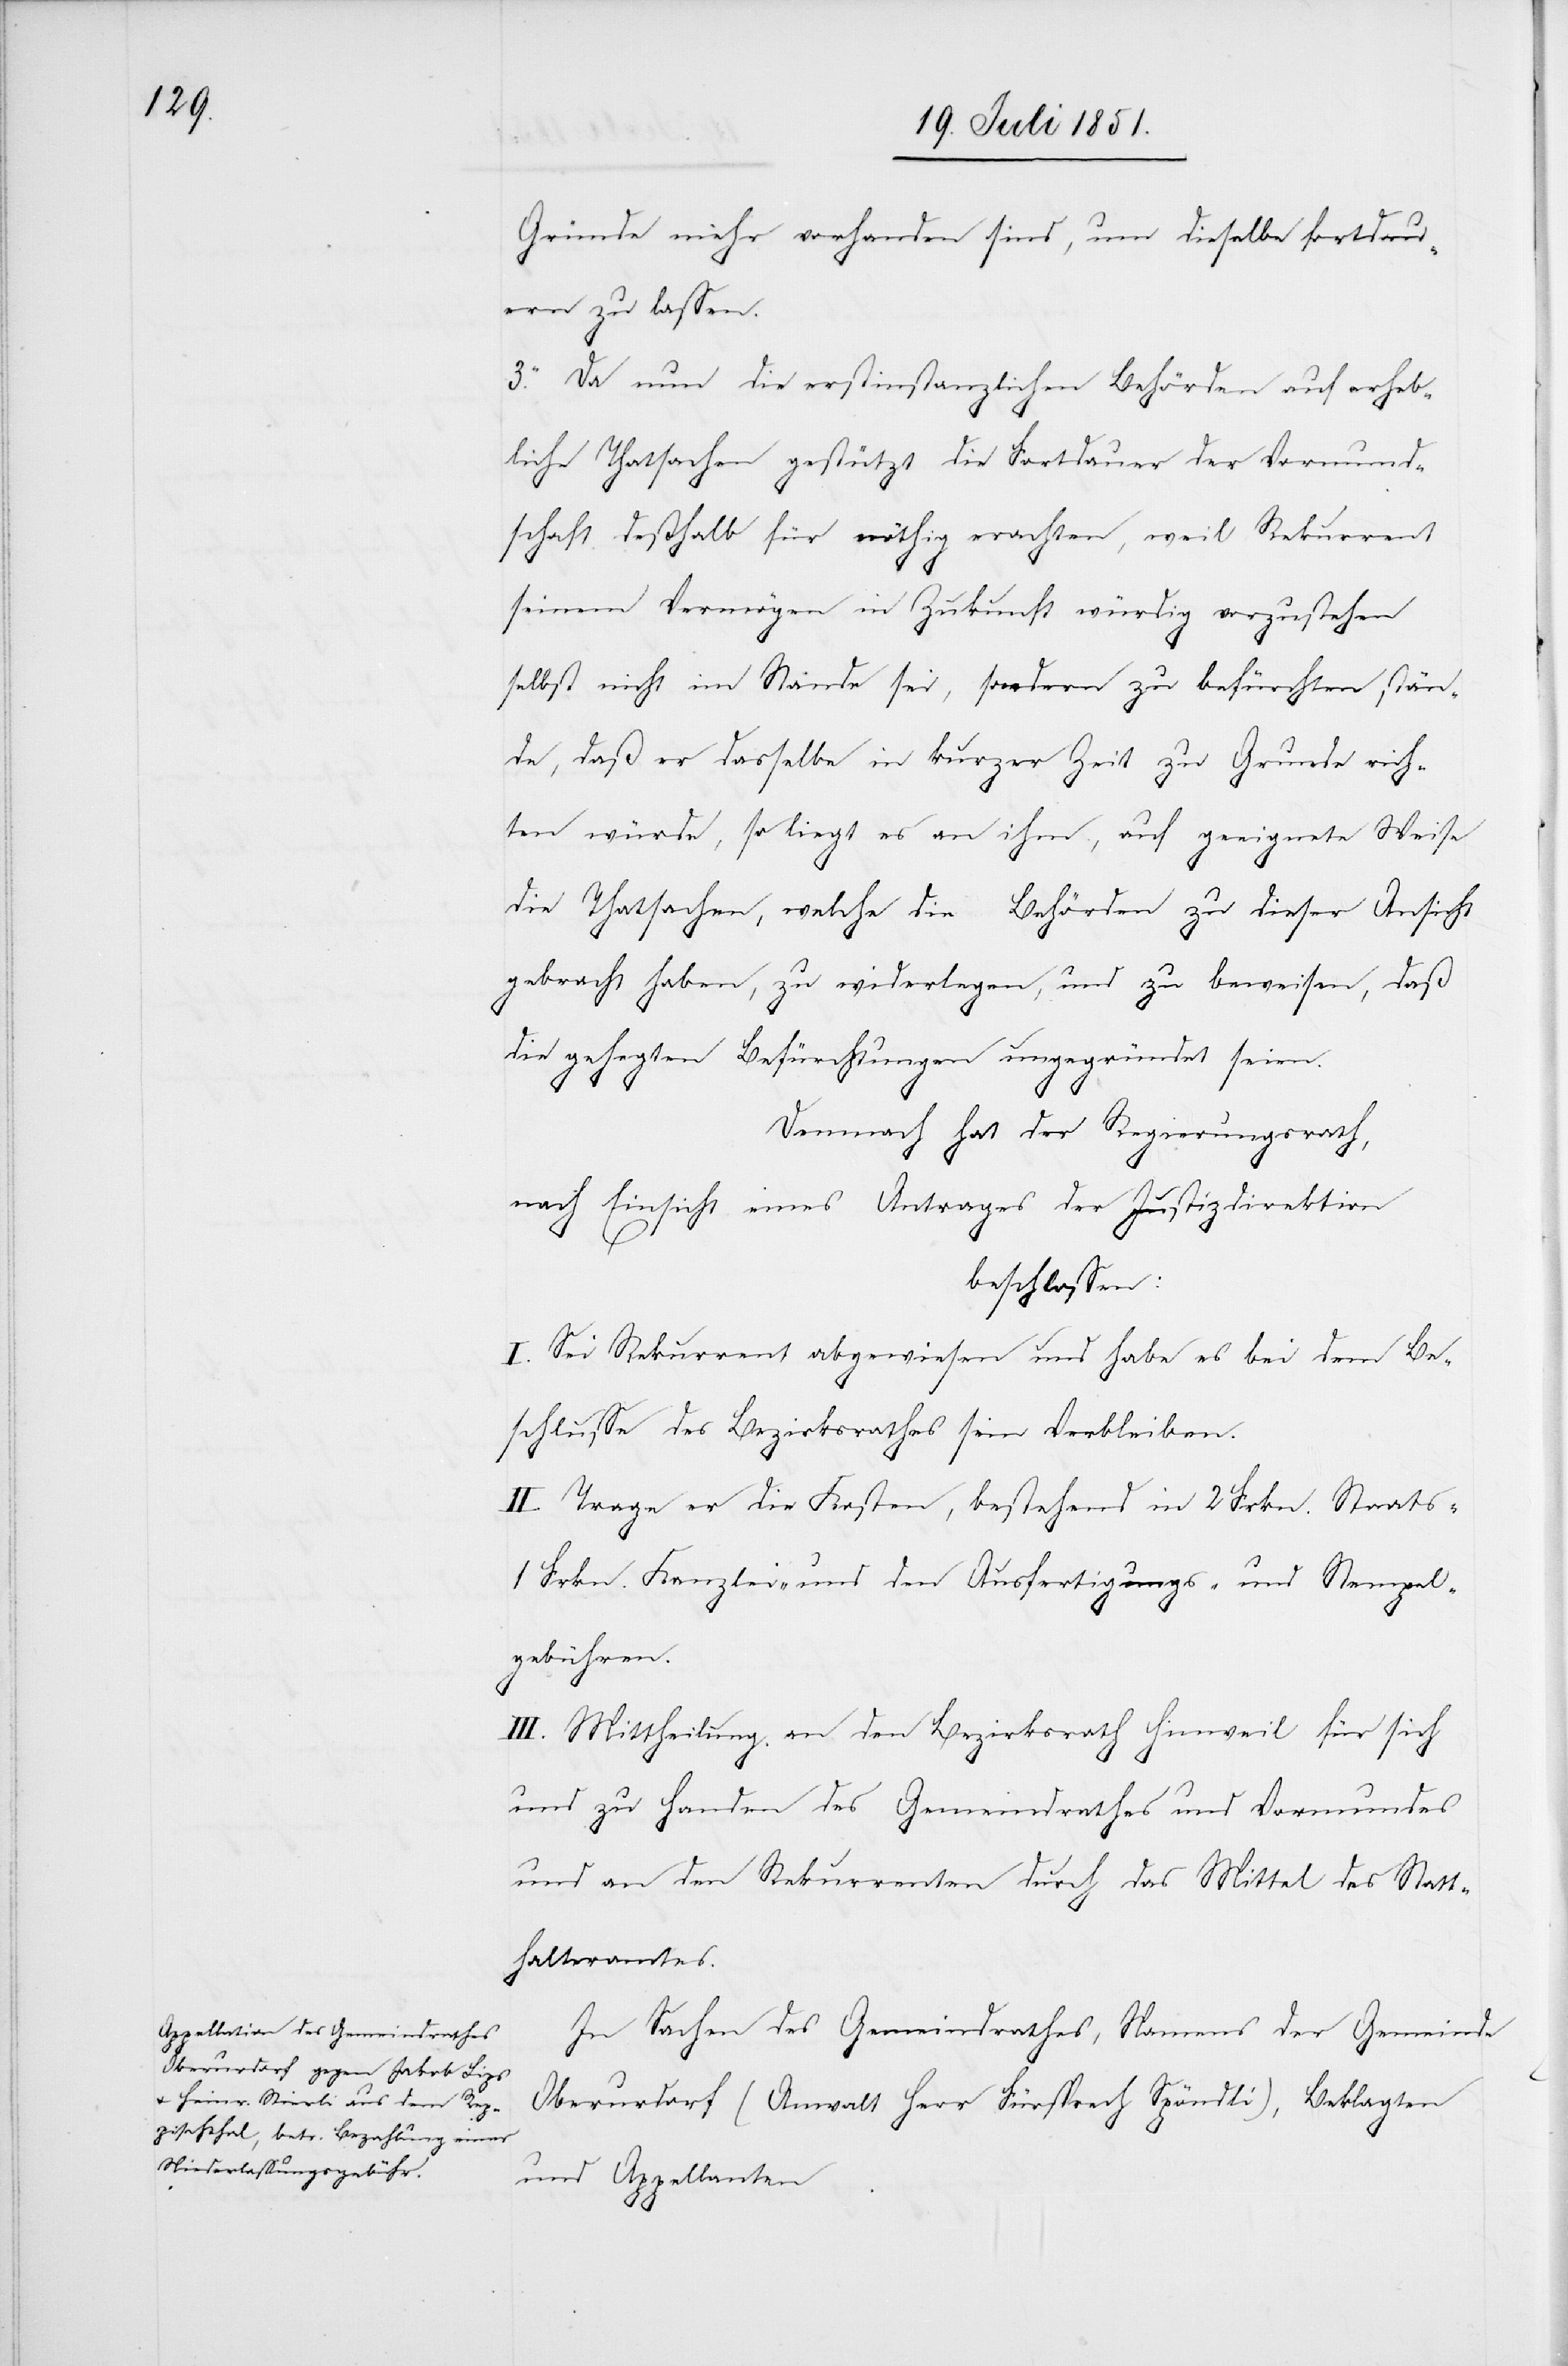
Gründe mehr vorhanden sind, um dieselbe fortdau¬
ern zu lassen.
3. Da nun die erstinstanzlichen Behörden auf erheb¬
liche Thatsachen gestützt die Fortdauer der Vormund¬
schaft deßhalb für nöthig erachten, weil Rekurrent
seinem Vermögen in Zukunft würdig vorzustehen
selbst nicht im Stande sei, sondern zu befürchten stän¬
de, daß er dasselbe in kurzer Zeit zu Grunde rich¬
ten würde, so liegt es an ihm, auf geeignete Weise
die Thatsachen, welche die Behörden zu dieser Ansicht
gebracht haben, zu widerlegen, und zu beweisen, daß
die gehegten Befürchtungen ungegründet seien.
Demnach hat der Regierungsrath,
nach Einsicht eines Antrages der Justizdirektion
beschlossen:
I. Sei Rekurrent abgewiesen und habe es bei dem Be¬
schlusse des Bezirksrathes sein Verbleiben.
II. Trage er die Kosten, bestehend in 2 Frkn. Staats-[,]
1 Frkn. Kanzlei- und den Ausfertigungs- und Stempel¬
gebühren.
III. Mittheilung an den Bezirksrath Hinweil für sich
und zu Handen des Gemeindrathes und Vormundes
und an den Rekurrenten durch das Mittel des Statt¬
halteramtes.
In Sachen des Gemeindrathes, Namens der Gemeinde
Oberurdorf (Anwalt Herr Fürsprech Spöndli), Beklagten
und Appellanten